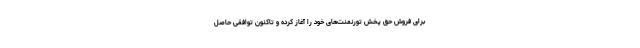
برای فروش حق پخش تورنمنت‌های خود را آغاز کرده و تاکنون توافقی حاصل